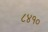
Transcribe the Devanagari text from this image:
८४१०